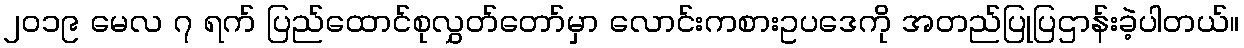
၂၀၁၉ မေလ ၇ ရက် ပြည်ထောင်စုလွှတ်တော်မှာ လောင်းကစားဥပဒေကို အတည်ပြုပြဌာန်းခဲ့ပါတယ်။